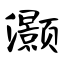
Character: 灏